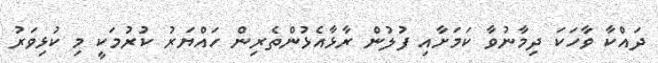
ދައްކާ ވާހަކަ ދިމާނުވާ ކަމަށާއި ފުލުން ރާޅާއެޅުންތެރިން ހައްޔަރު ކުރުމަކީ މި ކުޅިވަރު